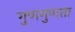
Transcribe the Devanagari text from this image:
गुणगुणता